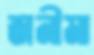
জনীমা